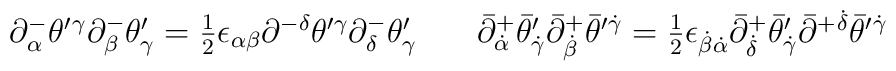
\begin{array}{ll}\partial^{-}_{\alpha}\theta^{\prime}{}^{\gamma}\partial^{-}_{\beta}\theta^{\prime}_{\gamma}=\textstyle{\frac{1}{2}}\epsilon_{\alpha\beta}\partial^{-\delta}\theta^{\prime\gamma}\partial^{-}_{\delta}\theta^{\prime}_{\gamma}~~&~\bar{\partial}^{+}_{\dot{\alpha}}\bar{\theta}^{\prime}_{\dot{\gamma}}\bar{\partial}^{+}_{\dot{\beta}}\bar{\theta}^{\prime}{}^{\dot{\gamma}}=\textstyle{\frac{1}{2}}\epsilon_{\dot{\beta}\dot{\alpha}}\bar{\partial}^{+}_{\dot{\delta}}\bar{\theta}^{\prime}_{\dot{\gamma}}\bar{\partial}^{+}{}^{\dot{\delta}}\bar{\theta}^{\prime}{}^{\dot{\gamma}}\end{array}